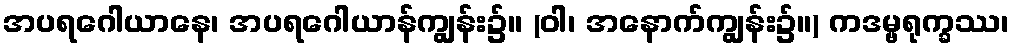
အပရဂေါယာနေ၊ အပရဂေါယာန်ကျွန်း၌။ (ဝါ၊ အနောက်ကျွန်း၌။) ကဒမ္ဗရုက္ခဿ၊